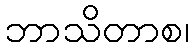
ဘာသိတာစ၊